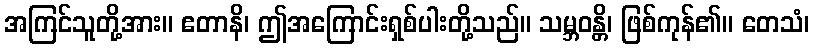
အကြင်သူတို့အား။ ဧတာနိ၊ ဤအကြောင်းရှစ်ပါးတို့သည်။ သမ္ဘဝန္တိ၊ ဖြစ်ကုန်၏။ တေသံ၊